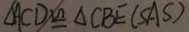
\Delta A C D \cong \Delta C B E ( S A S )